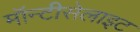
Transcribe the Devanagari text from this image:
मॉन्टीसेलाइट